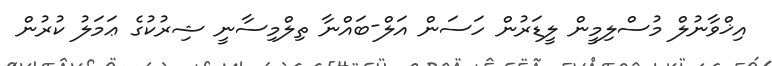
އިޚްވާނުލް މުސްލިމީން ލީޑަރުން ހަސަން އަލް-ބައްނާ ތިލްމިސާނީ ޝިރުކުގެ ޢަމަލު ކުރުން